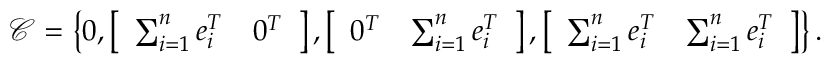
\mathcal { C } = \left\lbrace 0 , \left[ \begin{array} { c c } { \sum _ { i = 1 } ^ { n } e _ { i } ^ { T } } & { 0 ^ { T } } \end{array} \right] , \left[ \begin{array} { c c } { 0 ^ { T } } & { \sum _ { i = 1 } ^ { n } e _ { i } ^ { T } } \end{array} \right] , \left[ \begin{array} { c c } { \sum _ { i = 1 } ^ { n } e _ { i } ^ { T } } & { \sum _ { i = 1 } ^ { n } e _ { i } ^ { T } } \end{array} \right] \right\rbrace .